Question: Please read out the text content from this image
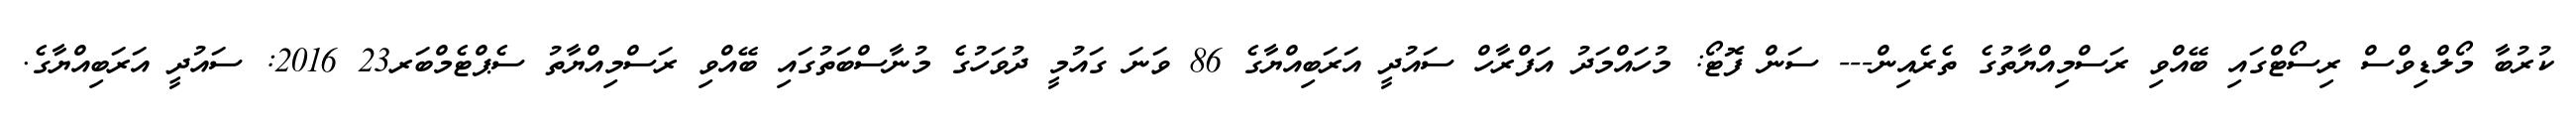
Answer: ކުރުބާ މޯލްޑިވްސް ރިސޯޓްގައި ބޭއްވި ރަސްމިއްޔާތުގެ ތެރެއިން--- ސަން ފޮޓޯ: މުހައްމަދު އަފްރާހް ސައުދީ އަރަބިއްޔާގެ 86 ވަނަ ގައުމީ ދުވަހުގެ މުނާސްބަތުގައި ބޭއްވި ރަސްމިއްޔާތު ސެޕްޓެމްބަރ23 2016: ސައުދީ އަރަބިއްޔާގެ.